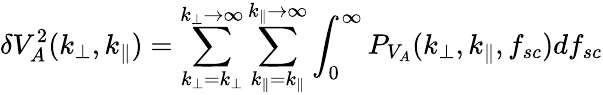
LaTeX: \delta V_{A}^{2}(k_{\perp},k_{\parallel})=\sum_{k_{\perp}=k_{\perp}}^{k_{\perp}\rightarrow\infty}\sum_{k_{\parallel}=k_{\parallel}}^{k_{\parallel}\rightarrow\infty}\int_{0}^{\infty}P_{V_{A}}(k_{\perp},k_{\parallel},f_{sc})df_{sc}